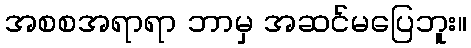
အစစအရာရာ ဘာမှ အဆင်မပြေဘူး။